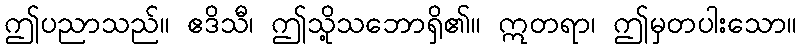
ဤပညာသည်။ ဧဒိသီ၊ ဤသို့သဘောရှိ၏။ ဣတရာ၊ ဤမှတပါးသော။